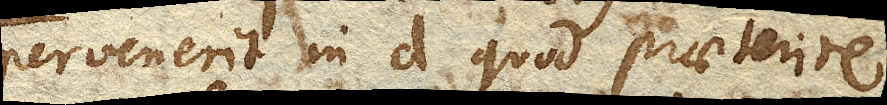
pervenerit in d. quod praeterire